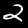
Digit: 2